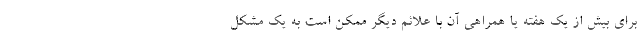
برای بیش از یک هفته یا همراهی آن با علائم دیگر ممکن است به یک مشکل